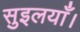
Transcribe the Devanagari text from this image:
सुइलयाँ।